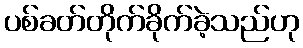
ပစ်ခတ်တိုက်ခိုက်ခဲ့သည်ဟု